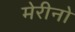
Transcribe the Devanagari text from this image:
मेरीनो